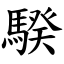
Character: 騤